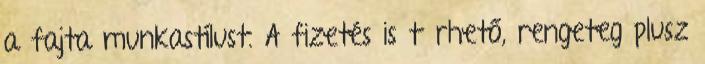
a fajta munkastílust. A fizetés is tűrhető, rengeteg plusz